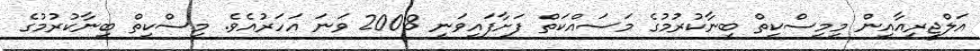
އަލްޖީރިއާއިން މިމިސްކިތް ބިނާކުރުމުގެ މަސައްކަތް ފަށާފައިވަނީ 2008 ވަނަ އަހަރުއެވެ. މިސްކިތް ބިނާކުރުމުގެ